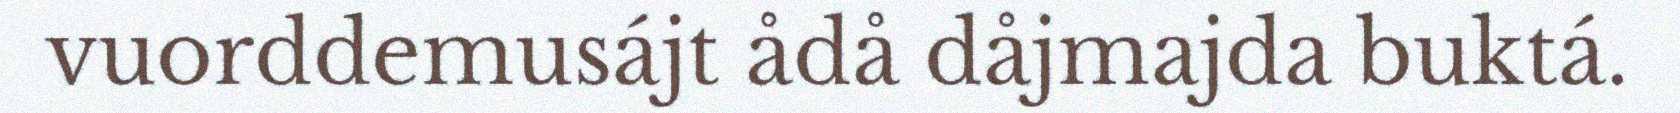
vuorddemusájt ådå dåjmajda buktá.